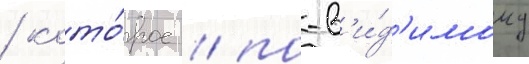
/ кото́рое / по-в'и́д'имому